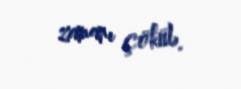
zamanı çöküb.